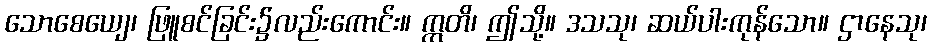
သောစေယျေ၊ ဖြူစင်ခြင်း၌လည်းကောင်း။ ဣတိ၊ ဤသို့။ ဒသသု၊ ဆယ်ပါးကုန်သော။ ဌာနေသု၊